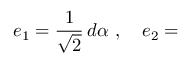
e _ { 1 } = { \frac { { 1 } } { { \sqrt { 2 } } } } \, d \alpha ~ , \quad e _ { 2 } =